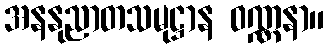
အနနုညာတသမုဋ္ဌာန ဝဏ္ဏနာ။